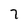
Character: 7